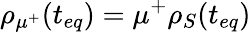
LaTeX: {{\rho}_{{{\mu}^{+}}}}(t_{eq})={{\mu}^{+}}{{\rho}_{S}}(t_{eq})